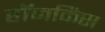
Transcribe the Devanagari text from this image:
हॉजकिंस